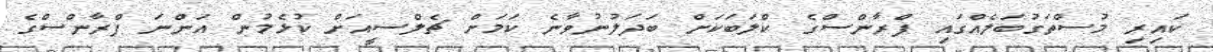
ކައިރި މުސްތަގުބަލެއްގައި ފްރާންސްގެ ކްލަބަކަށް ބަދަލުނުވާނެ ކަމަށް ޗެލްސީއަށް ކުޅެމުން އަންނަ ފްރާންސްގެ